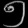
Digit: ၅